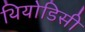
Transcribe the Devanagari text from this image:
थियोडिसी